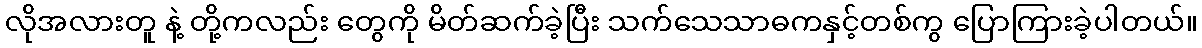
လိုအလားတူ နဲ့ တို့ကလည်း တွေကို မိတ်ဆက်ခဲ့ပြီး သက်သေသာဓကနှင့်တစ်ကွ ပြောကြားခဲ့ပါတယ်။